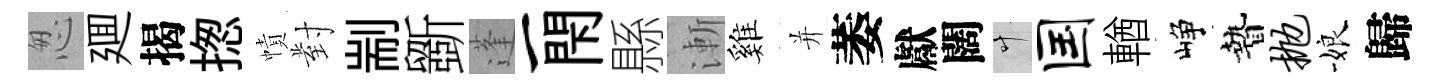
怱廽揭揔幘對剬斵蓬一閇縣漸雞并萎獻闊叶国輶峥贄抛娘歸